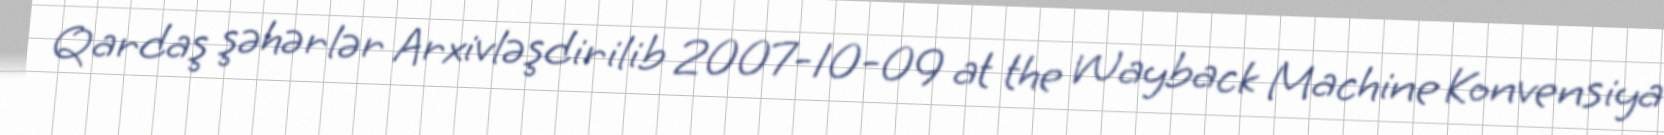
Qardaş şəhərlər Arxivləşdirilib 2007-10-09 at the Wayback Machine Konvensiya